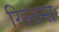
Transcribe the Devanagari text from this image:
रिस्क्स